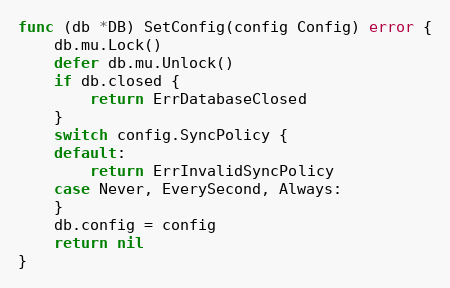
Language: Go
func (db *DB) SetConfig(config Config) error {
	db.mu.Lock()
	defer db.mu.Unlock()
	if db.closed {
		return ErrDatabaseClosed
	}
	switch config.SyncPolicy {
	default:
		return ErrInvalidSyncPolicy
	case Never, EverySecond, Always:
	}
	db.config = config
	return nil
}